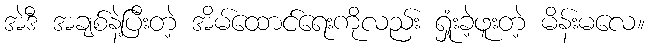
အဲဒီ အချစ်နဲ့ပြီးတဲ့ အိမ်ထောင်ရေးကိုလည်း ရှုံးခဲ့ဖူးတဲ့ မိန်းမလေ။